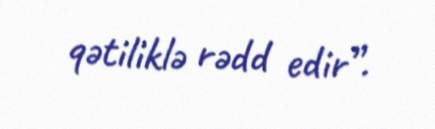
qətiliklə rədd edir”.